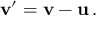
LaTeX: \mathbf { v ^ { \prime } } = \mathbf { v } - \mathbf { u } \, .